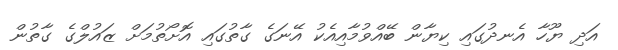
އަދި ޔޫހާ އެނދުގައި ކިޔާން ބޭއްވުމާއިއެކު އޭނަގެ ގާތުގައި އޮށޯތުމަށް ޒައުލްގެ ގާތުން